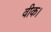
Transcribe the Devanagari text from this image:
वीक।